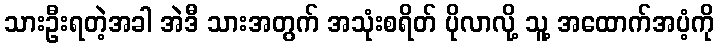
သားဦးရတဲ့အခါ အဲဒီ သားအတွက် အသုံးစရိတ် ပိုလာလို့ သူ့ အထောက်အပံ့ကို